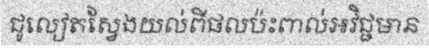
ជូលៀតស្វែងយល់ពីផលប៉ះពាល់អវិជ្ជមាន